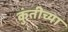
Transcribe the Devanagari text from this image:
कुंतीच्या